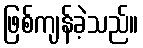
ဖြစ်ကျန်ခဲ့သည်။